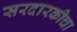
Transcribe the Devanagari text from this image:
सरदारकीचा